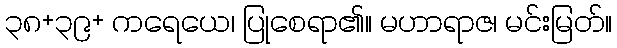
၃၈+၃၉+ ကရေယေ၊ ပြုစေရာ၏။ မဟာရာဇ၊ မင်းမြတ်။